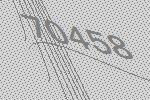
70458